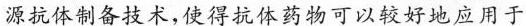
源抗体制备技术,使得抗体药物可以较好地应用于